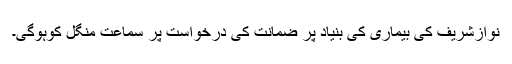
نوازشریف کی بیماری کی بنیاد پر ضمانت کی درخواست پر سماعت منگل کوہوگی۔